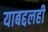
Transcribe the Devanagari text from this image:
याबद्दलही